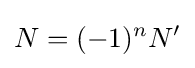
N=(-1)^{n}N'